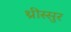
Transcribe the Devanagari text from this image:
थ्रीस्सुर